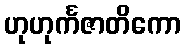
ဟုဟုင်္ကဇာတိကော